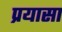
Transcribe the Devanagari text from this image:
प्रयासा